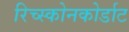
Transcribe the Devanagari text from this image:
रिच्स्कोनकोर्डाट